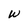
Character: W